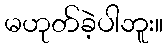
မဟုတ်ခဲ့ပါဘူး။